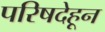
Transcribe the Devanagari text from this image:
परिषदेहून